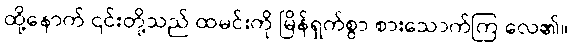
ထို့နောက် ၎င်းတို့သည် ထမင်းကို မြိန်ရှက်စွာ စားသောက်ကြ လေ၏။